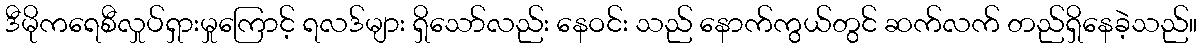
ဒီမိုကရေစီလှုပ်ရှားမှုကြောင့် ရလဒ်များ ရှိသော်လည်း နေဝင်း သည် နောက်ကွယ်တွင် ဆက်လက် တည်ရှိနေခဲ့သည်။